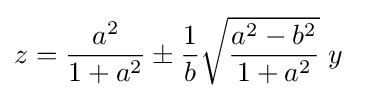
z={\frac {a^{2}}{1+a^{2}}}\pm {\frac {1}{b}}{\sqrt {\frac {a^{2}-b^{2}}{1+a^{2}}}}\;y\